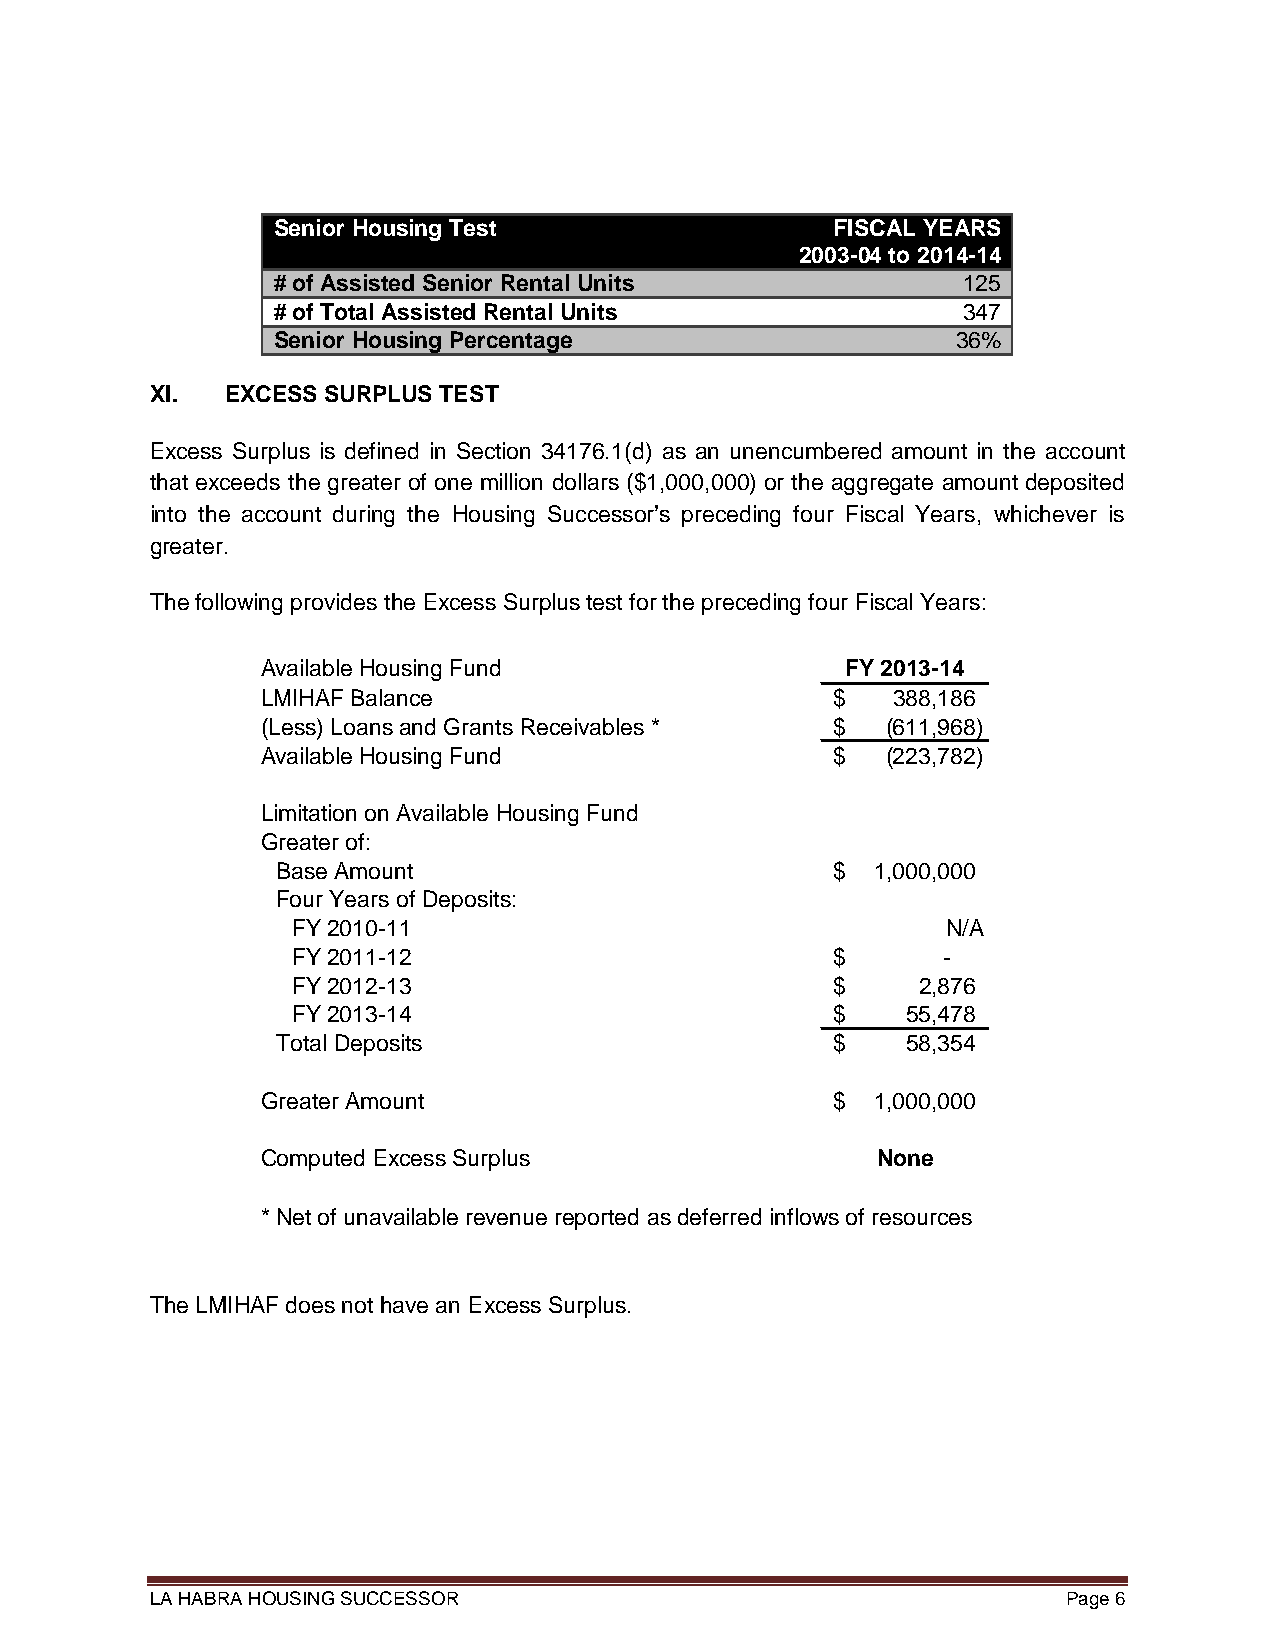
Senior Housing Test                  FISCAL YEARS
 2003-04 to 2014-14
 # of Assisted Senior Rental Units             125
 # of Total Assisted Rental Units              347
 Senior Housing Percentage                    36%
 XI.  EXCESS SURPLUS TEST
 Excess Surplus is defined in Section 34176.1(d) as an unencumbered amount in the account
 that exceeds the greater of one million dollars ($1,000,000) or the aggregate amount deposited
 into the account during the Housing Successor’s preceding four Fiscal Years, whichever is
 greater.
 The following provides the Excess Surplus test for the preceding four Fiscal Years:
 Available Housing Fund                 FY 2013-14
 LMIHAF Balance                        $   388,186
 (Less) Loans and Grants Receivables * $   (611,968)
 Available Housing Fund                $   (223,782)
 Limitation on Available Housing Fund
 Greater of:
 Base Amount                          $  1,000,000
 Four Years of Deposits:
 FY 2010-11                                  N/A
 FY 2011-12                          $      -
 FY 2012-13                          $     2,876
 FY 2013-14                          $    55,478
 Total Deposits                       $    58,354
 Greater Amount                        $  1,000,000
 Computed Excess Surplus                  None
 * Net of unavailable revenue reported as deferred inflows of resources
 The LMIHAF does not have an Excess Surplus.
 LA HABRA HOUSING SUCCESSOR                                   Page 6